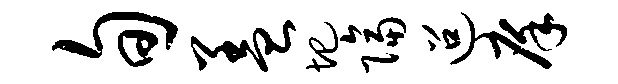
旬盖圯隔迢庠